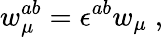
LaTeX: w_{\mu}^{ab}=\epsilon^{ab}w_{\mu}\; ,